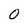
Character: 0